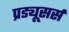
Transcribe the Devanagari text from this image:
प्रड्यूसर्स